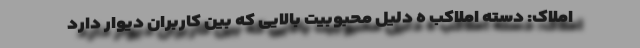
املاک: دسته املاکب ه دلیل محبوبیت بالایی که بین کاربران دیوار دارد